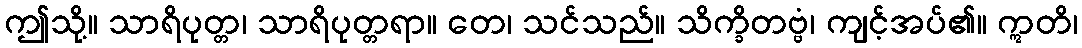
ဤသို့။ သာရိပုတ္တ၊ သာရိပုတ္တရာ။ တေ၊ သင်သည်။ သိက္ခိတဗ္ဗံ၊ ကျင့်အပ်၏။ ဣတိ၊